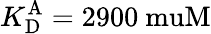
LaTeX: {K_{\mathrm{D}}^{\mathrm{A}}}=2900\mathrm{\ muM}